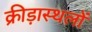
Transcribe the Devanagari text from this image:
क्रीड़ास्थलों